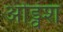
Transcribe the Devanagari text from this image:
ओड्वंश